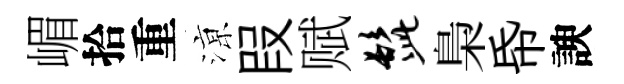
嵋拾重鿌叚赋髭梟帋諛